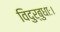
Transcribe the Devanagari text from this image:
विदुर्बुधाः।